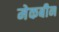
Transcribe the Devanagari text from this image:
मेकबीन